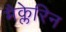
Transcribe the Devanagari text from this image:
मैक्लेरिन